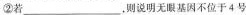
②若___，则说明无眼基因不位于4号